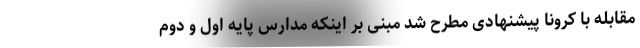
مقابله با کرونا پیشنهادی مطرح شد مبنی بر اینکه مدارس پایه اول و دوم